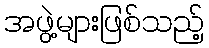
အဖွဲ့များဖြစ်သည့်